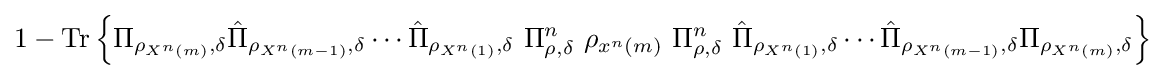
1-{\text{Tr}}\left\{\Pi _{\rho _{X^{n}\left(m\right)},\delta }{\hat {\Pi }}_{\rho _{X^{n}\left(m-1\right)},\delta }\cdots {\hat {\Pi }}_{\rho _{X^{n}\left(1\right)},\delta }\ \Pi _{\rho ,\delta }^{n}\ \rho _{x^{n}\left(m\right)}\ \Pi _{\rho ,\delta }^{n}\ {\hat {\Pi }}_{\rho _{X^{n}\left(1\right)},\delta }\cdots {\hat {\Pi }}_{\rho _{X^{n}\left(m-1\right)},\delta }\Pi _{\rho _{X^{n}\left(m\right)},\delta }\right\}